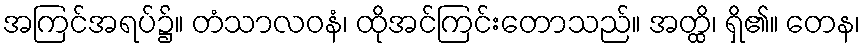
အကြင်အရပ်၌။ တံသာလဝနံ၊ ထိုအင်ကြင်းတောသည်။ အတ္ထိ၊ ရှိ၏။ တေန၊